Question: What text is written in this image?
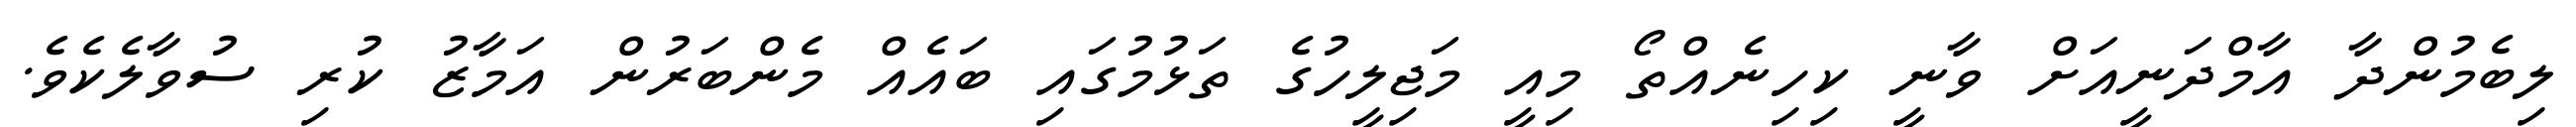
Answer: ލިބެމުންދާ އާމްދަނީއަށް ވާނީ ކިހިނެއްތޯ މިއީ މަޖިލީހުގެ ތަޅުމުގައި ބައެއް މެންބަރުން އަމާޒު ކުރި ސުވާލެކެވެ.